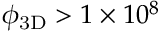
\ensuremath { \phi _ { \mathrm { 3 D } } } > 1 \times 1 0 ^ { 8 }